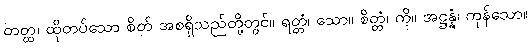
တတ္ထ၊ ထိုတပ်သော စိတ် အစရှိသည်တို့တွင်။ ရတ္တံ၊ သော။ စိတ္တံ၊ ကို။ အဋ္ဌန္နံ၊ ကုန်သော။